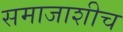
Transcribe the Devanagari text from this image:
समाजाशीच